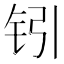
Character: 𰽣